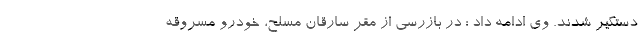
دستگیر شدند. وی ادامه داد : در بازرسی از مقر سارقان مسلح، خودرو مسروقه